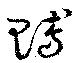
賻